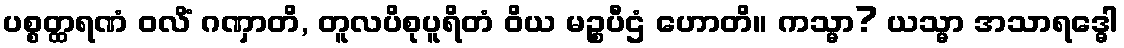
ပစ္စတ္ထရဏံ ဝလိံ ဂဏှာတိ, တူလပိစုပူရိတံ ဝိယ မဉ္စပီဌံ ဟောတိ။ ကသ္မာ? ယသ္မာ အသာရဒ္ဓေါ